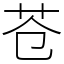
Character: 苍